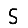
Digit: 5